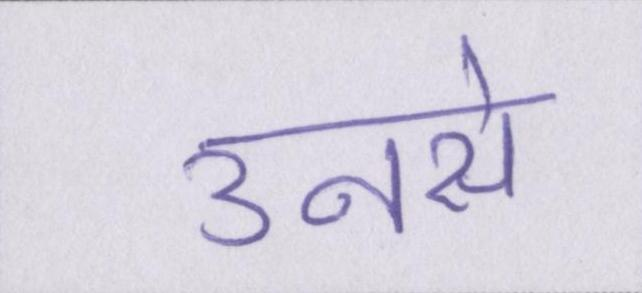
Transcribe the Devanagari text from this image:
उनसे